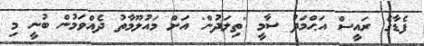
ފެޑާގެ ރައީސް އަޙްމަދު ސާމީ 'ތިލަދުން' އަށް މައުލޫމާތު ދެއްވަމުން ބުނީ މި